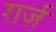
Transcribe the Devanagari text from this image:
ग़र्ज़